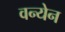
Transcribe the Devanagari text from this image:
वन्येन